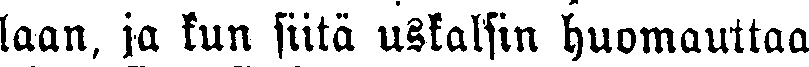
laan, ja kun siitä uskalsin huomauttaa